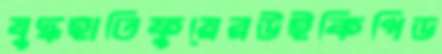
যুদ্ধহাতিফুয়েরউইকিপিড